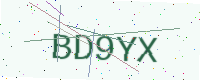
Text: BD9YX